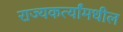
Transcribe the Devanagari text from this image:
राज्यकर्त्यांमधील